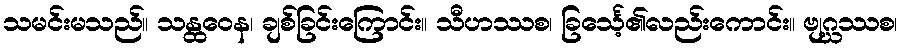
သမင်းမသည်။ သန္ထဝေန၊ ချစ်ခြင်းကြောင်း။ သီဟဿစ၊ ခြင်္သေ့၏လည်းကောင်း။ ဗျဂ္ဃဿစ၊